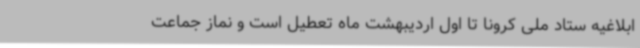
ابلاغیه ستاد ملی کرونا تا اول اردیبهشت ماه تعطیل است و نماز جماعت